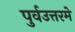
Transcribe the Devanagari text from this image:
पुर्वउत्तरमे